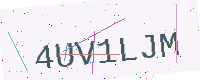
Text: 4UV1LJM